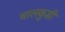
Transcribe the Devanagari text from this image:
चालकुडी